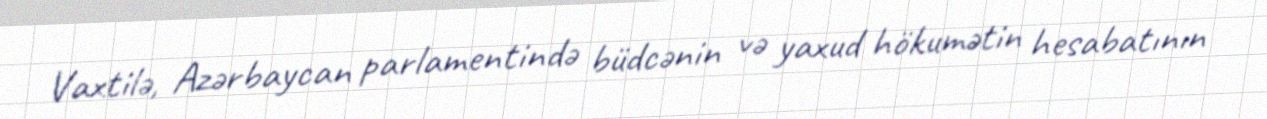
Vaxtilə, Azərbaycan parlamentində büdcənin və yaxud hökumətin hesabatının